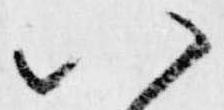
八